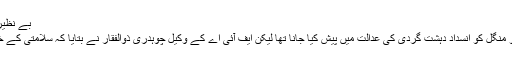
بے نظیر قتل کیس میں پرویز مشرف کا جوڈیشل ریمانڈ
جسمانی ریمانڈ کے خاتمے پر پرویز مشرف کو منگل کو انسداد دہشت گردی کی عدالت میں پیش کیا جانا تھا لیکن ایف آئی اے کے وکیل چوہدری ذوالفقار نے بتایا کہ سلامتی کے خدشات کے باعث اُنھیں عدالت میں نہیں لایا گیا۔